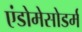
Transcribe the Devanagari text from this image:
एंडोमेसोडर्म